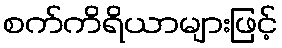
စက်ကိရိယာများဖြင့်